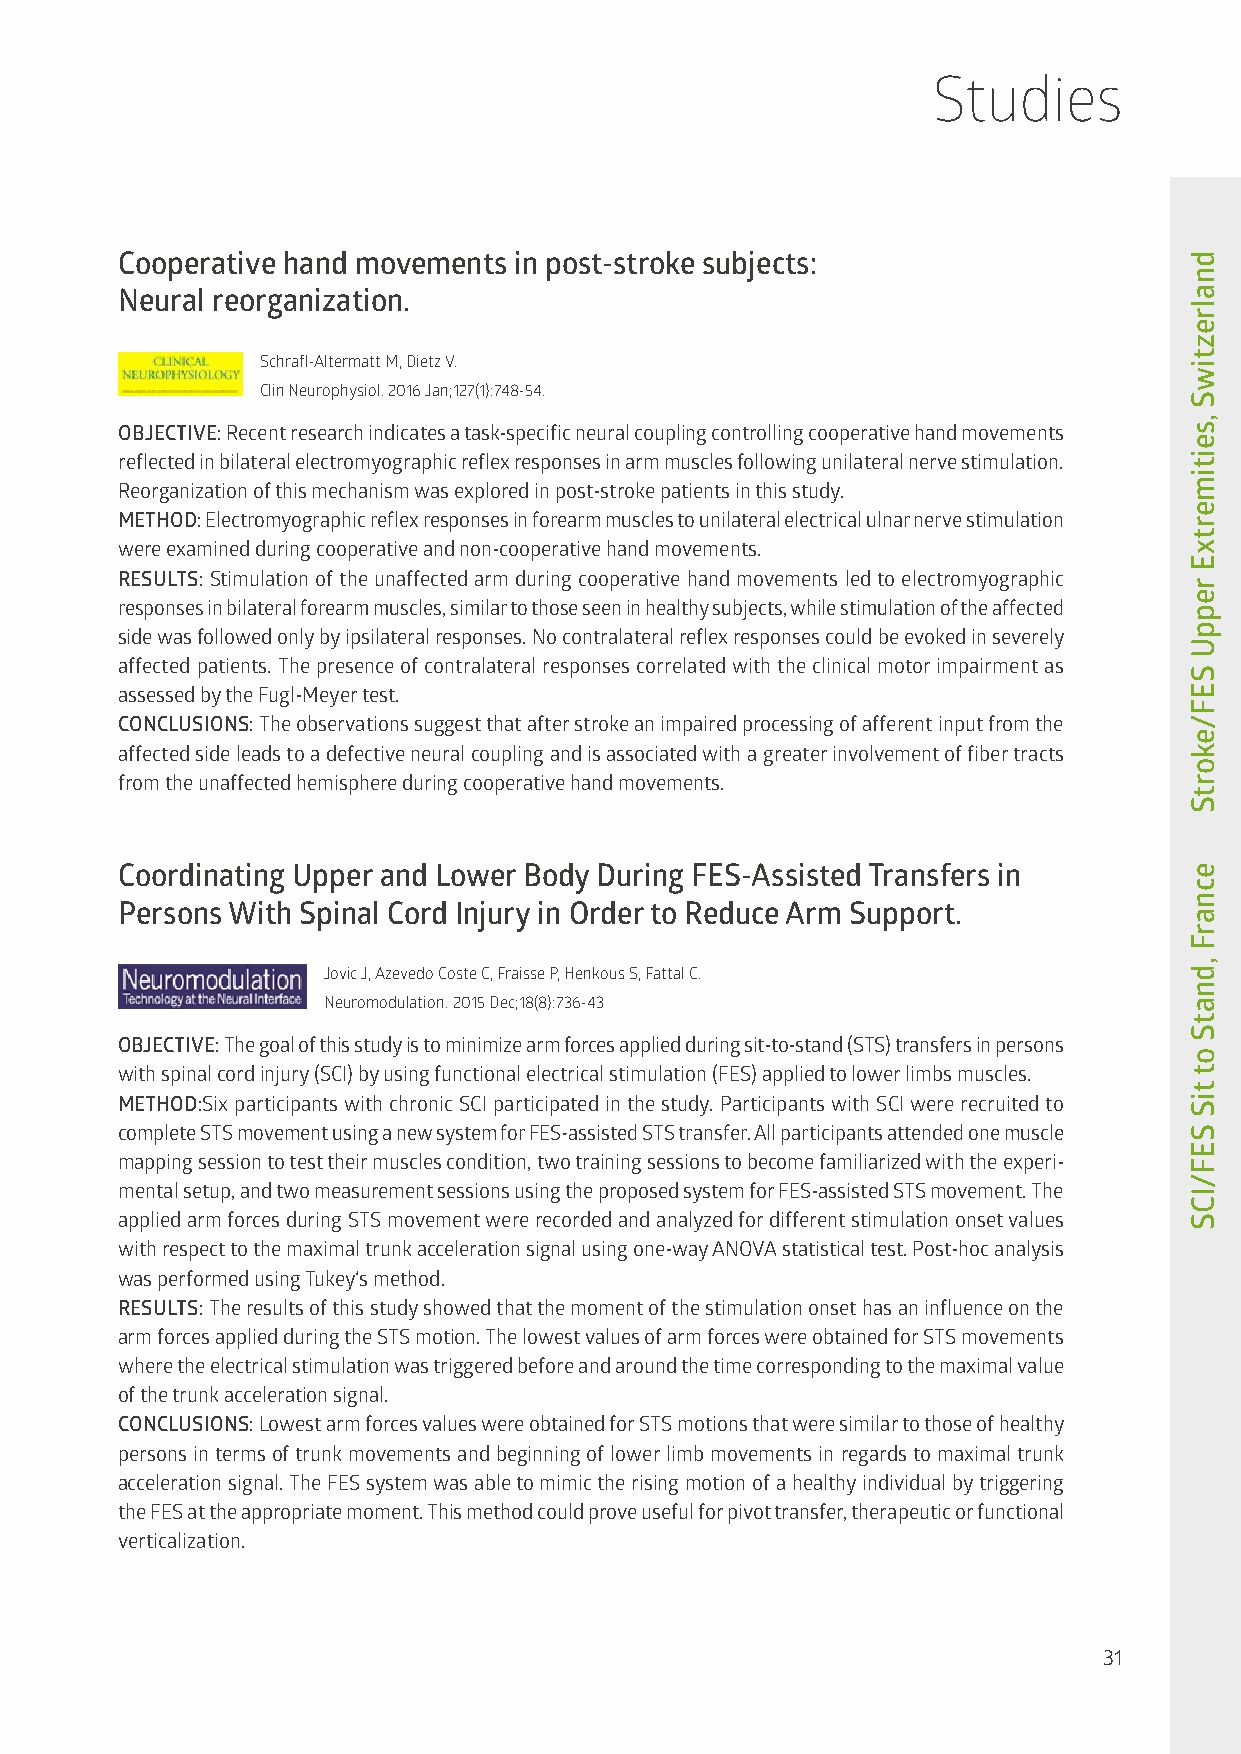
Studies
 Cooperative hand movements in post-stroke subjects:
 Neural reorganization.
 Schrafl-Altermatt M, Dietz V.
 Clin Neurophysiol. 2016 Jan;127(1):748-54.
 OBJECTIVE: Recent research indicates a task-specific neural coupling controlling cooperative hand movements
 reflected in bilateral electromyographic reflex responses in arm muscles following unilateral nerve stimulation.
 Reorganization of this mechanism was explored in post-stroke patients in this study.
 METHOD: Electromyographic reflex responses in forearm muscles to unilateral electrical ulnar nerve stimulation
 were examined during cooperative and non-cooperative hand movements.
 RESULTS: Stimulation of the unaffected arm during cooperative hand movements led to electromyographic
 responses in bilateral forearm muscles, similar to those seen in healthy subjects, while stimulation of the affected
 side was followed only by ipsilateral responses. No contralateral reflex responses could be evoked in severely
 affected patients. The presence of contralateral responses correlated with the clinical motor impairment as
 assessed by the Fugl-Meyer test.
 CONCLUSIONS: The observations suggest that after stroke an impaired processing of afferent input from the
 affected side leads to a defective neural coupling and is associated with a greater involvement of fiber tracts
 from the unaffected hemisphere during cooperative hand movements.
 Coordinating Upper and Lower Body During FES-Assisted Transfers in
 Persons With Spinal Cord Injury in Order to Reduce Arm Support.
 Jovic J, Azevedo Coste C, Fraisse P, Henkous S, Fattal C.
 Neuromodulation. 2015 Dec;18(8):736-43
 OBJECTIVE: The goal of this study is to minimize arm forces applied during sit-to-stand (STS) transfers in persons
 with spinal cord injury (SCI) by using functional electrical stimulation (FES) applied to lower limbs muscles.
 METHOD:Six participants with chronic SCI participated in the study. Participants with SCI were recruited to
 complete STS movement using a new system for FES-assisted STS transfer. All participants attended one muscle
 mapping session to test their muscles condition, two training sessions to become familiarized with the experi-
 mental setup, and two measurement sessions using the proposed system for FES-assisted STS movement. The
 applied arm forces during STS movement were recorded and analyzed for different stimulation onset values
 with respect to the maximal trunk acceleration signal using one-way ANOVA statistical test. Post-hoc analysis
 was performed using Tukey‘s method.
 RESULTS: The results of this study showed that the moment of the stimulation onset has an influence on the
 arm forces applied during the STS motion. The lowest values of arm forces were obtained for STS movements
 where the electrical stimulation was triggered before and around the time corresponding to the maximal value
 of the trunk acceleration signal.
 CONCLUSIONS: Lowest arm forces values were obtained for STS motions that were similar to those of healthy
 persons in terms of trunk movements and beginning of lower limb movements in regards to maximal trunk
 acceleration signal. The FES system was able to mimic the rising motion of a healthy individual by triggering
 the FES at the appropriate moment. This method could prove useful for pivot transfer, therapeutic or functional
 verticalization.
 31
 dnalreztiwS
 ,seitimertxE
 reppU
 SEF/ekortS
 ecnarF
 ,dnatS
 ot
 tiS
 SEF/ICS